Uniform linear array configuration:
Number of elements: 32
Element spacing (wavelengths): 1
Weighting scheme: uniform
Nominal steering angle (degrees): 60
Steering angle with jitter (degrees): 58.87
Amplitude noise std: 0.05
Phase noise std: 0.05

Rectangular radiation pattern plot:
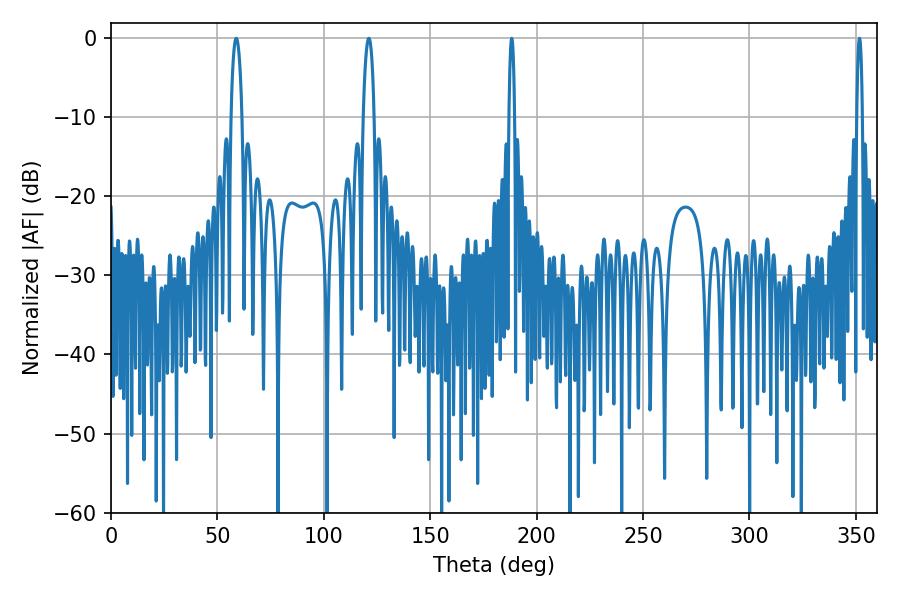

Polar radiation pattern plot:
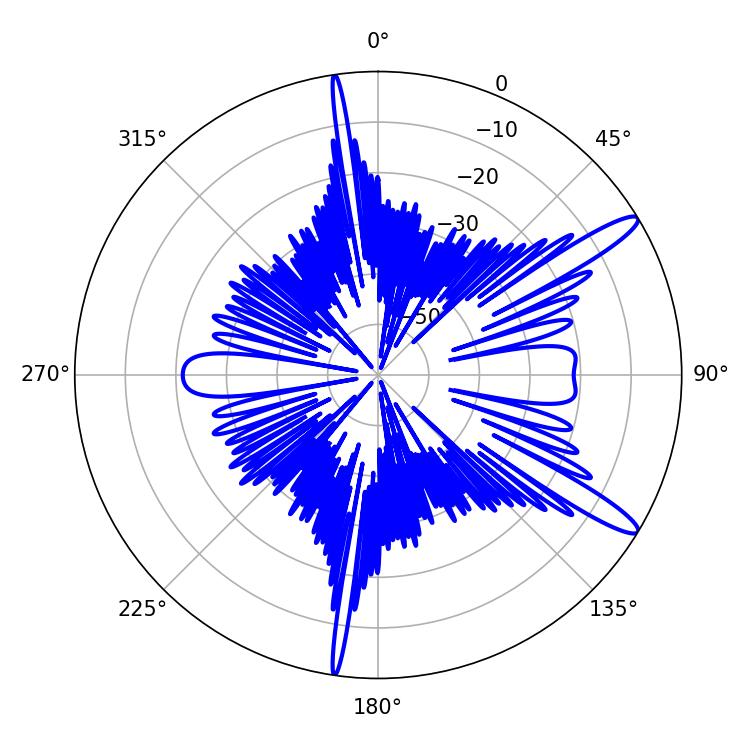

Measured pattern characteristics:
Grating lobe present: TRUE
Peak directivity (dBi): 13.315
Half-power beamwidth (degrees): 2.88
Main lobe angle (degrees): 58.86